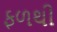
ફળથી